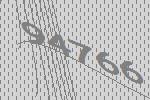
94766